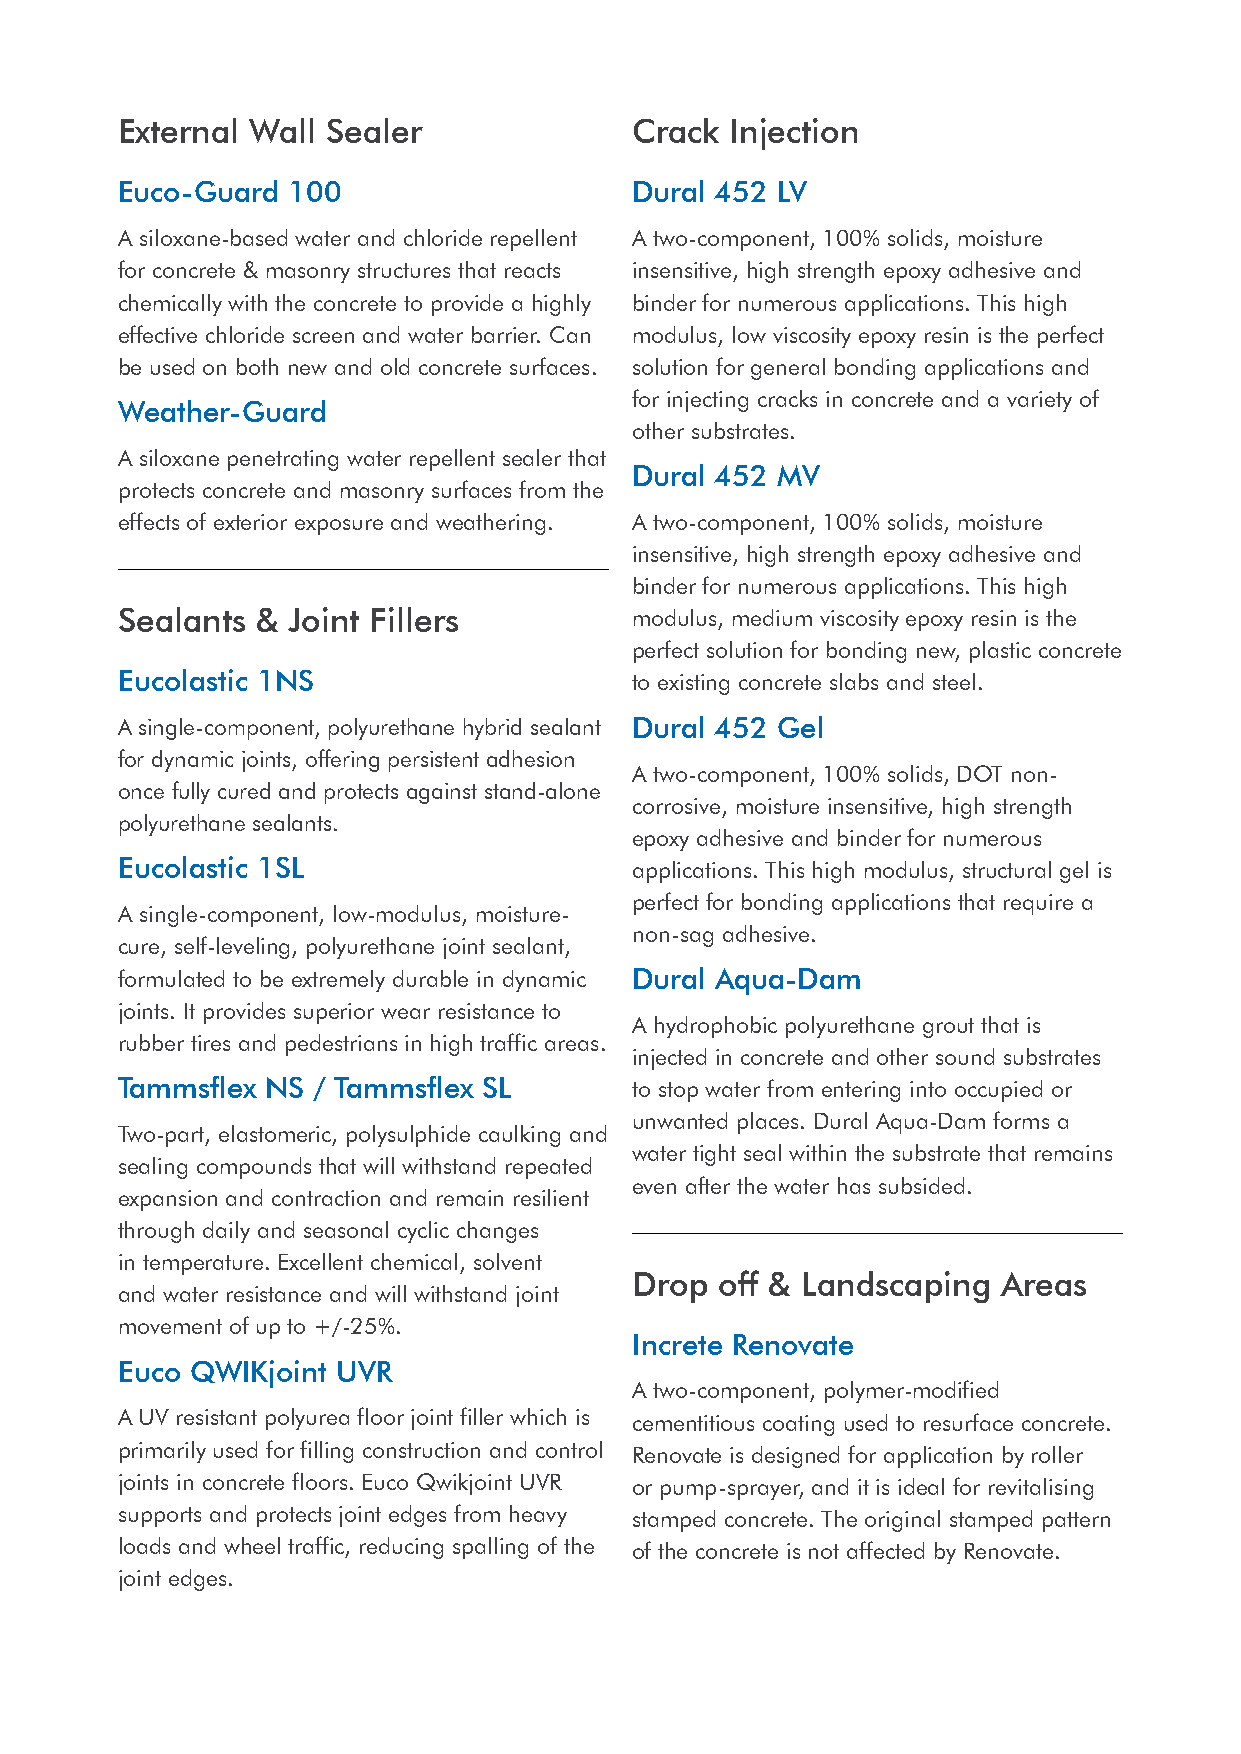
External Wall Sealer              Crack Injection
 Euco-Guard 100                    Dural 452 LV
 A siloxane-based water and chloride repellent A two-component, 100% solids, moisture
 for concrete & masonry structures that reacts insensitive, high strength epoxy adhesive and
 chemically with the concrete to provide a highly binder for numerous applications. This high
 effective chloride screen and water barrier. Can modulus, low viscosity epoxy resin is the perfect
 be used on both new and old concrete surfaces. solution for general bonding applications and
 for injecting cracks in concrete and a variety of
 Weather-Guard
 other substrates.
 A siloxane penetrating water repellent sealer that
 Dural 452 MV
 protects concrete and masonry surfaces from the
 effects of exterior exposure and weathering. A two-component, 100% solids, moisture
 insensitive, high strength epoxy adhesive and
 binder for numerous applications. This high
 Sealants & Joint Fillers          modulus, medium viscosity epoxy resin is the
 perfect solution for bonding new, plastic concrete
 Eucolastic 1NS                    to existing concrete slabs and steel.
 A single-component, polyurethane hybrid sealant Dural 452 Gel
 for dynamic joints, offering persistent adhesion
 A two-component, 100% solids, DOT non-
 once fully cured and protects against stand-alone
 corrosive, moisture insensitive, high strength
 polyurethane sealants.
 epoxy adhesive and binder for numerous
 Eucolastic 1SL                    applications. This high modulus, structural gel is
 perfect for bonding applications that require a
 A single-component, low-modulus, moisture-
 non-sag adhesive.
 cure, self-leveling, polyurethane joint sealant,
 formulated to be extremely durable in dynamic Dural Aqua-Dam
 joints. It provides superior wear resistance to
 A hydrophobic polyurethane grout that is
 rubber tires and pedestrians in high traffic areas.
 injected in concrete and other sound substrates
 Tammsflex NS / Tammsflex SL       to stop water from entering into occupied or
 unwanted places. Dural Aqua-Dam forms a
 Two-part, elastomeric, polysulphide caulking and
 water tight seal within the substrate that remains
 sealing compounds that will withstand repeated
 even after the water has subsided.
 expansion and contraction and remain resilient
 through daily and seasonal cyclic changes
 in temperature. Excellent chemical, solvent
 Drop  off & Landscaping Areas
 and water resistance and will withstand joint
 movement of up to +/-25%.
 Increte Renovate
 Euco QWIKjoint UVR
 A two-component, polymer-modified
 A UV resistant polyurea floor joint filler which is cementitious coating used to resurface concrete.
 primarily used for filling construction and control Renovate is designed for application by roller
 joints in concrete floors. Euco Qwikjoint UVR or pump-sprayer, and it is ideal for revitalising
 supports and protects joint edges from heavy stamped concrete. The original stamped pattern
 loads and wheel traffic, reducing spalling of the of the concrete is not affected by Renovate.
 joint edges.